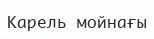
Карель мойнағы